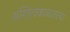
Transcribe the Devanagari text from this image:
अस्तित्वकाळातल्या